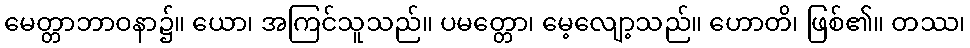
မေတ္တာဘာဝနာ၌။ ယော၊ အကြင်သူသည်။ ပမတ္တော၊ မေ့လျော့သည်။ ဟောတိ၊ ဖြစ်၏။ တဿ၊